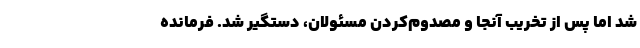
شد اما پس از تخریب آنجا و مصدوم‌کردن مسئولان، دستگیر شد. فرمانده